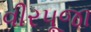
વીરપૂજા